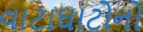
વાટાઘાટોનો